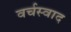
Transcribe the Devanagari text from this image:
वर्चस्वाद